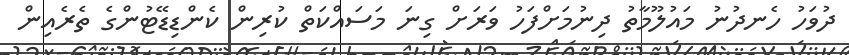
ދުވަހު ހެނދުނު މައުލޫމާތު ދިނުމަށްފަހު ވަރަށް ގިނަ މަސައްކަތް ކުރިން ކެންޑިޑޭޓުންގެ ތެރެއިން